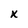
Character: X